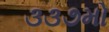
૩૩૭મો